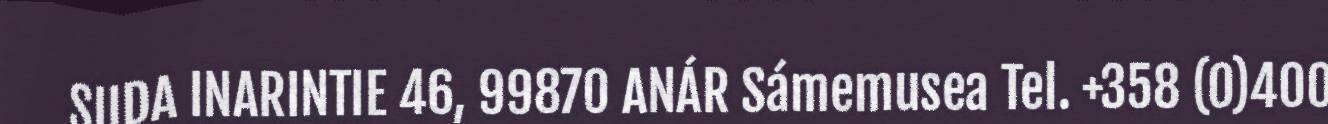
SIIDA INARINTIE 46, 99870 ANÁR Sámemusea Tel. +358 (0)400